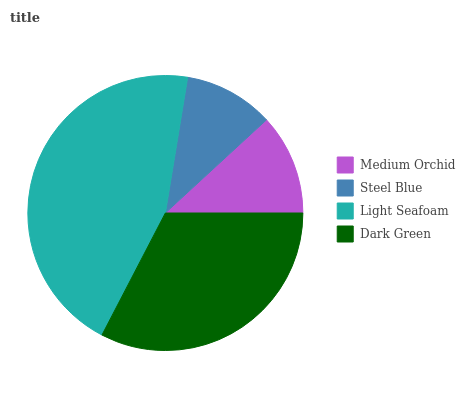
| Medium Orchid | Steel Blue | Light Seafoam | Dark Green |
 | --- | --- | --- | --- |
 | 11.8% | 10.6% | 45% | 32.6% |